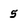
Character: 5